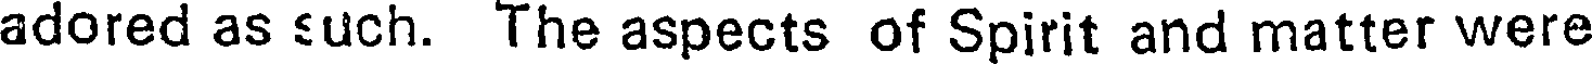
adored as such. The aspects of Spirit and matter were